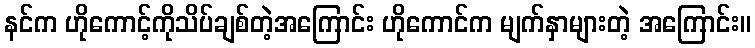
နင်က ဟိုကောင့်ကိုသိပ်ချစ်တဲ့အကြောင်း ဟိုကောင်က မျက်နှာများတဲ့ အကြောင်း။